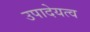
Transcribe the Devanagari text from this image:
उपादेयत्व